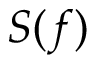
S ( f )